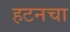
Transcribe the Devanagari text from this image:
हटनचा